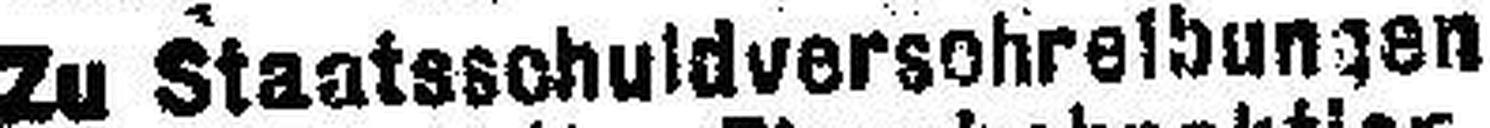
Zu Staatsschuldversohreibungen